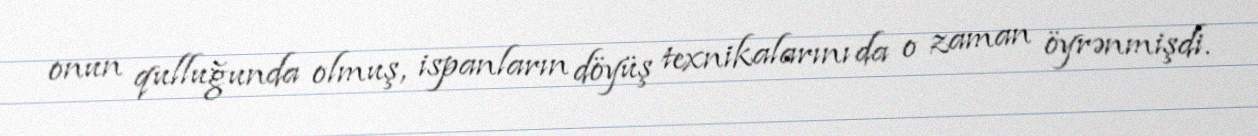
onun qulluğunda olmuş, ispanların döyüş texnikalarını da o zaman öyrənmişdi.